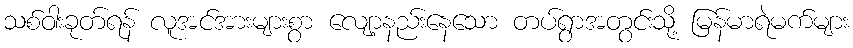
သစ်ဝါးခုတ်ရန် လူအင်အားများစွာ လျော့နည်းနေသော တပ်ရွာအတွင်းသို့ မြန်မာရဲမက်များ